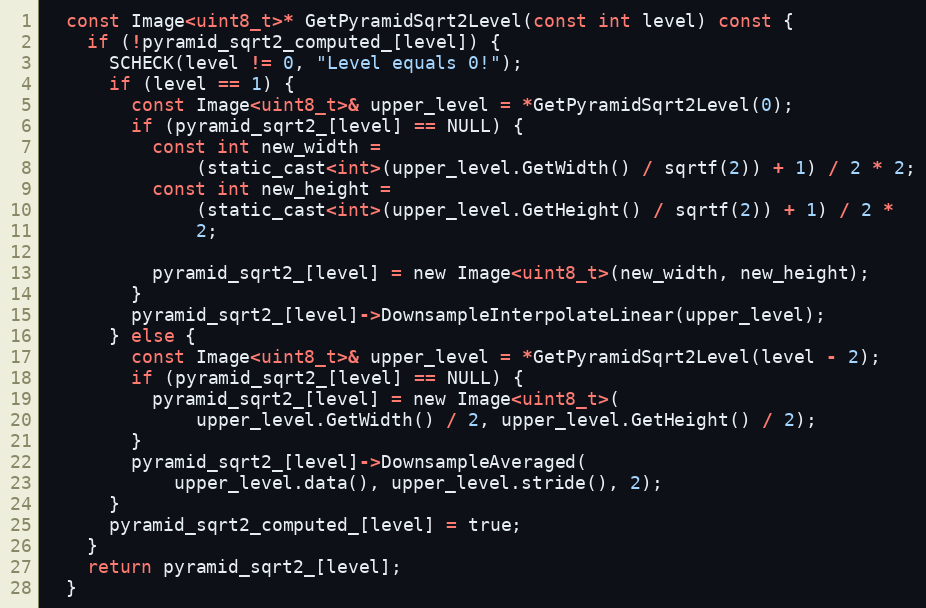
Language: C
  const Image<uint8_t>* GetPyramidSqrt2Level(const int level) const {
    if (!pyramid_sqrt2_computed_[level]) {
      SCHECK(level != 0, "Level equals 0!");
      if (level == 1) {
        const Image<uint8_t>& upper_level = *GetPyramidSqrt2Level(0);
        if (pyramid_sqrt2_[level] == NULL) {
          const int new_width =
              (static_cast<int>(upper_level.GetWidth() / sqrtf(2)) + 1) / 2 * 2;
          const int new_height =
              (static_cast<int>(upper_level.GetHeight() / sqrtf(2)) + 1) / 2 *
              2;

          pyramid_sqrt2_[level] = new Image<uint8_t>(new_width, new_height);
        }
        pyramid_sqrt2_[level]->DownsampleInterpolateLinear(upper_level);
      } else {
        const Image<uint8_t>& upper_level = *GetPyramidSqrt2Level(level - 2);
        if (pyramid_sqrt2_[level] == NULL) {
          pyramid_sqrt2_[level] = new Image<uint8_t>(
              upper_level.GetWidth() / 2, upper_level.GetHeight() / 2);
        }
        pyramid_sqrt2_[level]->DownsampleAveraged(
            upper_level.data(), upper_level.stride(), 2);
      }
      pyramid_sqrt2_computed_[level] = true;
    }
    return pyramid_sqrt2_[level];
  }